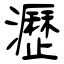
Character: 瀝